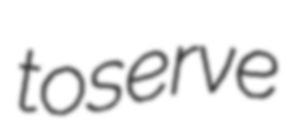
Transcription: to serve